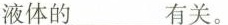
液体的___有关。